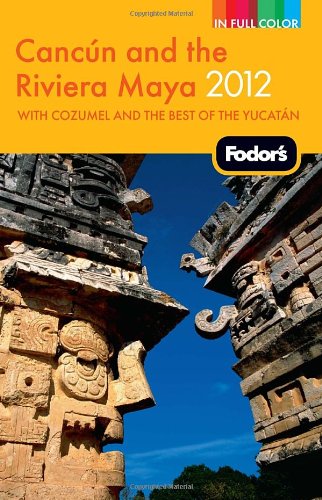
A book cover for Fodor's Cancun and the Riviera Maya 2012: with Cozumel and the Best of the Yucatan (Full-color Travel Guide); Fodor's; Travel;